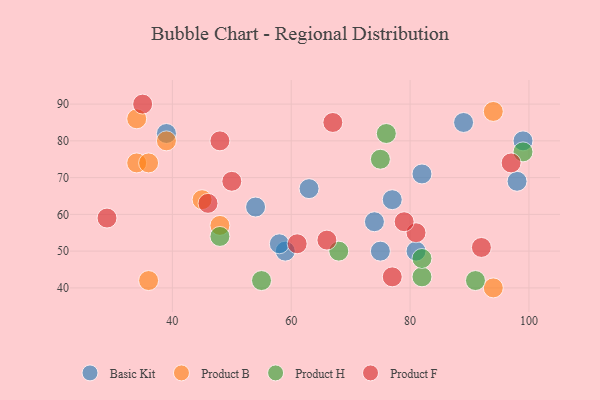
{"axis": {"x": "GDP", "y": "Life Expectancy"}, "legend": ["Basic Kit", "Product B", "Product F", "Product H"], "data": [{"x": "89", "y": 85, "type": "Basic Kit"}, {"x": "59", "y": 50, "type": "Basic Kit"}, {"x": "75", "y": 50, "type": "Basic Kit"}, {"x": "39", "y": 82, "type": "Basic Kit"}, {"x": "82", "y": 71, "type": "Basic Kit"}, {"x": "63", "y": 67, "type": "Basic Kit"}, {"x": "77", "y": 64, "type": "Basic Kit"}, {"x": "81", "y": 50, "type": "Basic Kit"}, {"x": "99", "y": 80, "type": "Basic Kit"}, {"x": "74", "y": 58, "type": "Basic Kit"}, {"x": "54", "y": 62, "type": "Basic Kit"}, {"x": "98", "y": 69, "type": "Basic Kit"}, {"x": "58", "y": 52, "type": "Basic Kit"}, {"x": "34", "y": 74, "type": "Product B"}, {"x": "36", "y": 42, "type": "Product B"}, {"x": "34", "y": 86, "type": "Product B"}, {"x": "36", "y": 74, "type": "Product B"}, {"x": "94", "y": 88, "type": "Product B"}, {"x": "39", "y": 80, "type": "Product B"}, {"x": "48", "y": 57, "type": "Product B"}, {"x": "45", "y": 64, "type": "Product B"}, {"x": "94", "y": 40, "type": "Product B"}, {"x": "82", "y": 43, "type": "Product H"}, {"x": "48", "y": 54, "type": "Product H"}, {"x": "99", "y": 77, "type": "Product H"}, {"x": "75", "y": 75, "type": "Product H"}, {"x": "82", "y": 48, "type": "Product H"}, {"x": "68", "y": 50, "type": "Product H"}, {"x": "91", "y": 42, "type": "Product H"}, {"x": "55", "y": 42, "type": "Product H"}, {"x": "76", "y": 82, "type": "Product H"}, {"x": "97", "y": 74, "type": "Product F"}, {"x": "77", "y": 43, "type": "Product F"}, {"x": "61", "y": 52, "type": "Product F"}, {"x": "29", "y": 59, "type": "Product F"}, {"x": "66", "y": 53, "type": "Product F"}, {"x": "67", "y": 85, "type": "Product F"}, {"x": "46", "y": 63, "type": "Product F"}, {"x": "92", "y": 51, "type": "Product F"}, {"x": "48", "y": 80, "type": "Product F"}, {"x": "81", "y": 55, "type": "Product F"}, {"x": "79", "y": 58, "type": "Product F"}, {"x": "35", "y": 90, "type": "Product F"}, {"x": "50", "y": 69, "type": "Product F"}]}